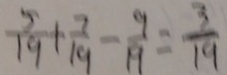
\frac { 5 } { 1 9 } + \frac { 7 } { 1 9 } - \frac { 9 } { 1 9 } = \frac { 3 } { 1 9 }